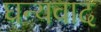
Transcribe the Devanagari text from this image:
घन्यवाद